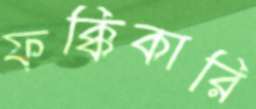
ফক্কিকারি